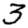
Digit: 3